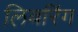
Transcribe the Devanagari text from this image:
लिबरिंग